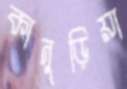
কানুড়িয়া